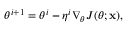
\theta ^ { i + 1 } = \theta ^ { i } - \eta ^ { i } \nabla _ { \theta } J ( \theta ; \mathbf { x } ) ,